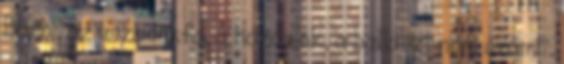
Barbi, az uszadékfa, a hordalék, a ballaszt nem számít.